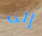
إلى